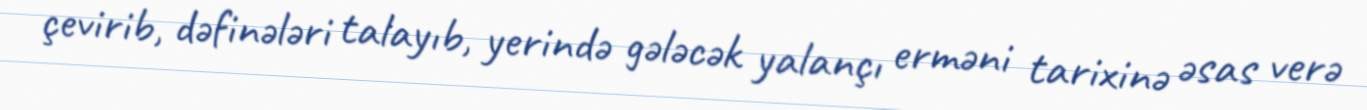
çevirib, dəfinələri talayıb, yerində gələcək yalançı erməni tarixinə əsas verə